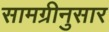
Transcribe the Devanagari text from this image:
सामग्रीनुसार